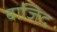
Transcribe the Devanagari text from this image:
बाजिद